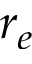
r _ { e }